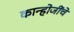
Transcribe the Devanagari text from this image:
कान्होजींचे